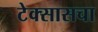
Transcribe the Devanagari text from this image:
टेक्सासचा